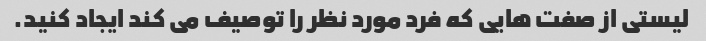
لیستی از صفت هایی که فرد مورد نظر را توصیف می کند ایجاد کنید.